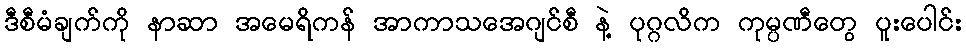
ဒီစီမံချက်ကို နာဆာ အမေရိကန် အာကာသအေဂျင်စီ နဲ့ ပုဂ္ဂလိက ကုမ္ပဏီတွေ ပူးပေါင်း